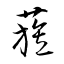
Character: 蔟